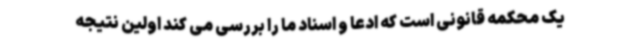
یک محکمه قانونی است که ادعا و اسناد ما را بررسی می کند اولین نتیجه